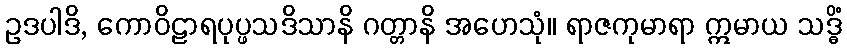
ဥဒပါဒိ, ကောဝိဠာရပုပ္ဖသဒိသာနိ ဂတ္တာနိ အဟေသုံ။ ရာဇကုမာရာ ဣမာယ သဒ္ဓိံ